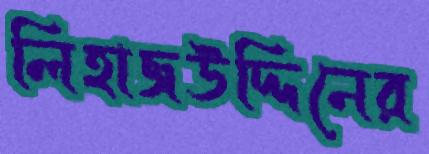
লিহাজউদ্দিনের